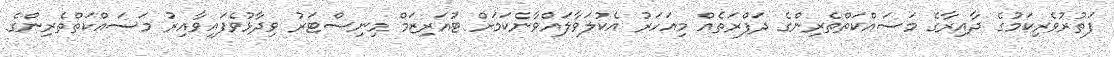
ފަތުރުވެރިކަމުގެ ދާއިރާގެ މަސައްކަތްތެރިންގެ ދަފްރަތެއް މިއަހަރު އެކުލަވާލައްވާނެކަމަށް ޓުއަރިޒަމް މިނިސްޓަރު ވިދާޅުވެފައިވާއިރު މަސައްކަތްތެރިންގެ